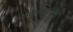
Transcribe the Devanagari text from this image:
लेखनप्रपंचाचा